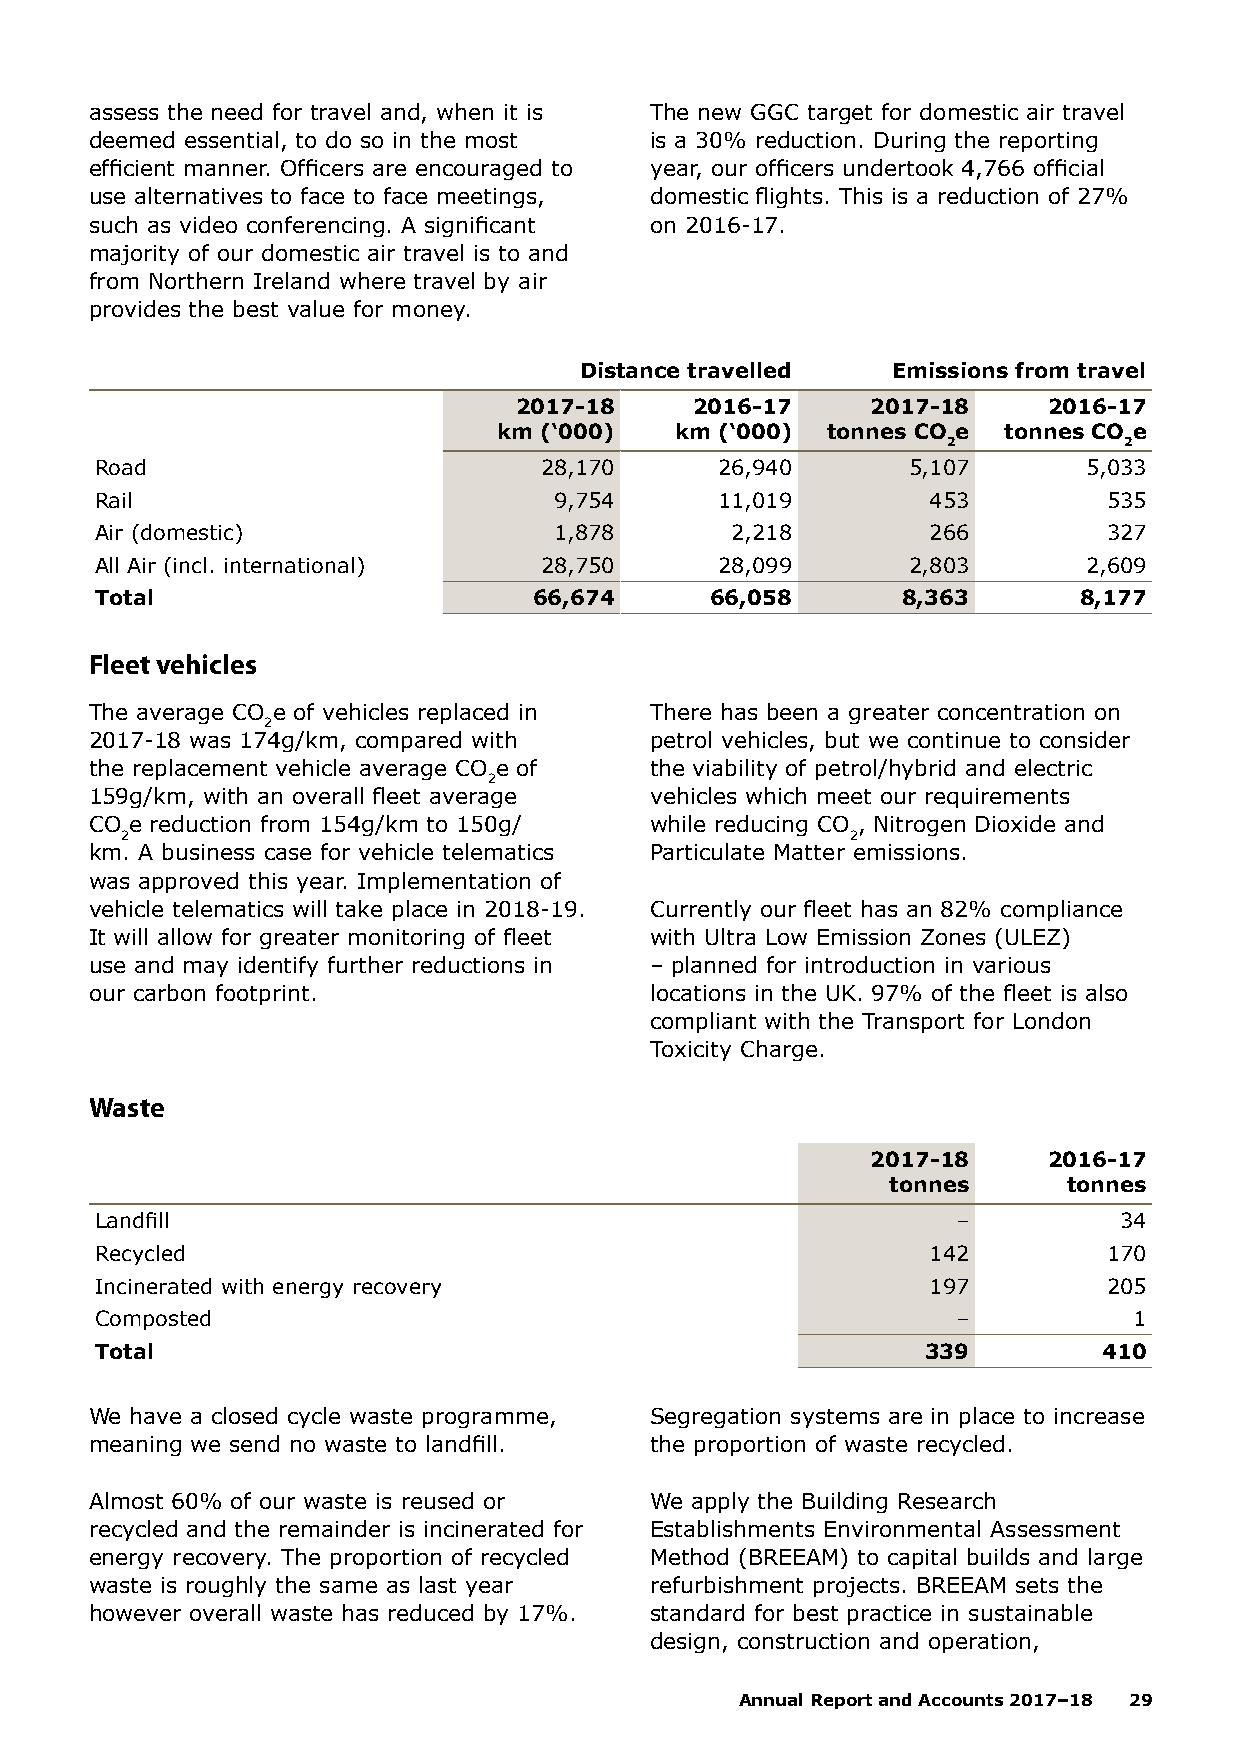
assess the need for travel and, when it is The new GGC target for domestic air travel
 deemed essential, to do so in the most is a 30% reduction. During the reporting
 efficient manner. Officers are encouraged to year, our officers undertook 4,766 official
 use alternatives to face to face meetings, domestic flights. This is a reduction of 27%
 such as video conferencing. A significant on 2016-17.
 majority of our domestic air travel is to and
 from Northern Ireland where travel by air
 provides the best value for money.
 Distance travelled   Emissions from travel
 2017-18     2016-17     2017-18    2016-17
 km (‘000)   km (‘000) tonnes CO e tonnes CO e
 2          2
 Road                          28,170      26,940      5,107       5,033
 Rail                           9,754      11,019       453         535
 Air (domestic)                 1,878      2,218        266         327
 All Air (incl. international) 28,750      28,099      2,803       2,609
 Total                        66,674      66,058       8,363      8,177
 Fleet vehicles
 The average CO e of vehicles replaced in There has been a greater concentration on
 2
 2017-18 was 174g/km, compared with   petrol vehicles, but we continue to consider
 the replacement vehicle average CO e of the viability of petrol/hybrid and electric
 2
 159g/km, with an overall fleet average vehicles which meet our requirements
 CO e reduction from 154g/km to 150g/ while reducing CO , Nitrogen Dioxide and
 2                                               2
 km. A business case for vehicle telematics Particulate Matter emissions.
 was approved this year. Implementation of
 vehicle telematics will take place in 2018-19. Currently our fleet has an 82% compliance
 It will allow for greater monitoring of fleet with Ultra Low Emission Zones (ULEZ)
 use and may identify further reductions in – planned for introduction in various
 our carbon footprint.                locations in the UK. 97% of the fleet is also
 compliant with the Transport for London
 Toxicity Charge.
 Waste
 2017-18    2016-17
 tonnes      tonnes
 Landfill                                                 –          34
 Recycled                                               142         170
 Incinerated with energy recovery                       197         205
 Composted                                                –           1
 Total                                                  339         410
 We have a closed cycle waste programme, Segregation systems are in place to increase
 meaning we send no waste to landfill. the proportion of waste recycled.
 Almost 60% of our waste is reused or We apply the Building Research
 recycled and the remainder is incinerated for Establishments Environmental Assessment
 energy recovery. The proportion of recycled Method (BREEAM) to capital builds and large
 waste is roughly the same as last year refurbishment projects. BREEAM sets the
 however overall waste has reduced by 17%. standard for best practice in sustainable
 design, construction and operation,
 Annual Report and Accounts 2017–18 29